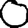
Digit: 0